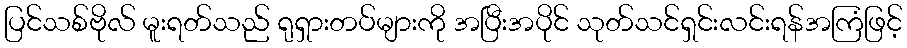
ပြင်သစ်ဗိုလ် မူးရတ်သည် ရုရှားတပ်များကို အပြီးအပိုင် သုတ်သင်ရှင်းလင်းရန်အကြံဖြင့်